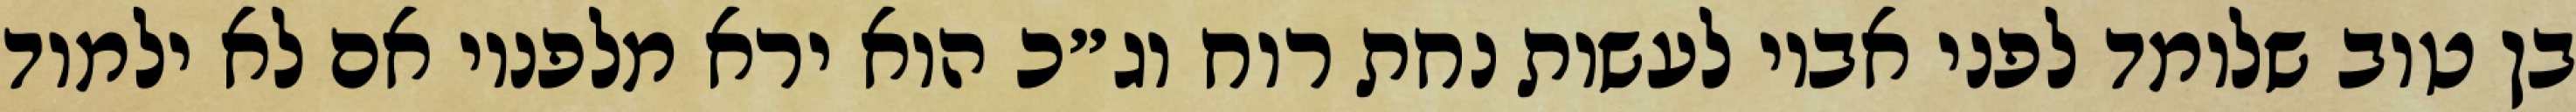
בן טוב שלומד לפני אביו לעשות נחת רוח וג״כ הוא ירא מלפניו אם לא ילמוד